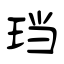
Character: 珰